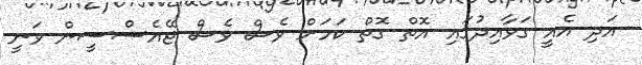
އަދި އެއީ ގަވާއިދުގައި އޮތް ގޮތް ކަމަށް ވެސް ވެސް ޖޭއެސްސީން ވަނީ